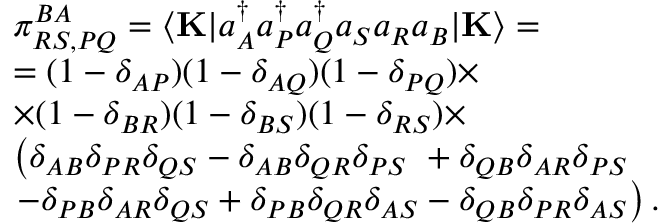
\begin{array} { r l } & { \pi _ { R S , P Q } ^ { B A } = \langle \mathbf { K } | a _ { A } ^ { \dagger } a _ { P } ^ { \dagger } a _ { Q } ^ { \dagger } a _ { S } a _ { R } a _ { B } | \mathbf { K } \rangle = } \\ & { = ( 1 - \delta _ { A P } ) ( 1 - \delta _ { A Q } ) ( 1 - \delta _ { P Q } ) \times } \\ & { \times ( 1 - \delta _ { B R } ) ( 1 - \delta _ { B S } ) ( 1 - \delta _ { R S } ) \times } \\ & { \left( \delta _ { A B } \delta _ { P R } \delta _ { Q S } - \delta _ { A B } \delta _ { Q R } \delta _ { P S } \ + \delta _ { Q B } \delta _ { A R } \delta _ { P S } \right. } \\ & { \left. - \delta _ { P B } \delta _ { A R } \delta _ { Q S } + \delta _ { P B } \delta _ { Q R } \delta _ { A S } - \delta _ { Q B } \delta _ { P R } \delta _ { A S } \right) . } \end{array}